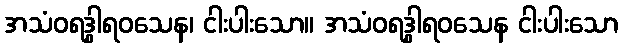
အသံဝရဒွါရဝသေန၊ ငါးပါးသော။ အသံဝရဒွါရဝသေန ငါးပါးသော